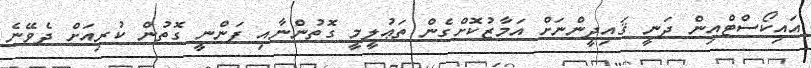
އައިކޯސްޓްއިން ދަނީ ޤައިދީންނަށް އަމާޒުކޮށްގެން ތަޢުލީމީ ގޮތުންނާއި ފަންނީ ގޮތުން ކުރިއަށް ދެވޭނެ